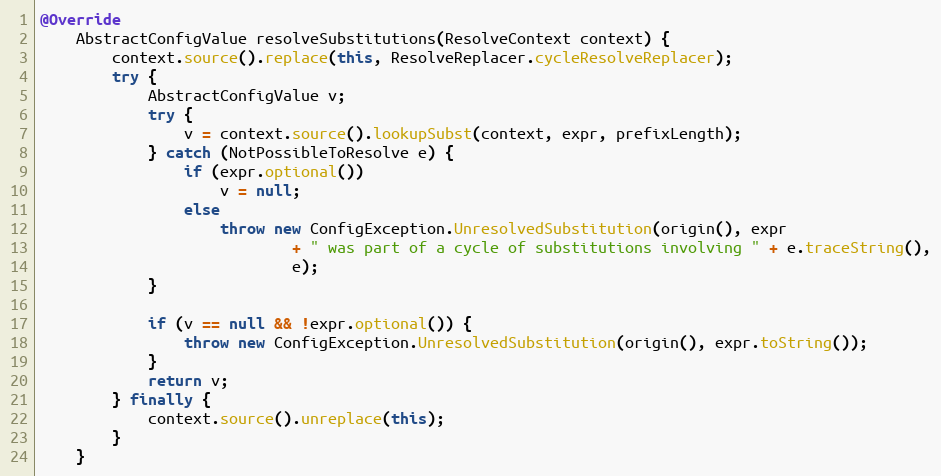
Language: Java
@Override
    AbstractConfigValue resolveSubstitutions(ResolveContext context) {
        context.source().replace(this, ResolveReplacer.cycleResolveReplacer);
        try {
            AbstractConfigValue v;
            try {
                v = context.source().lookupSubst(context, expr, prefixLength);
            } catch (NotPossibleToResolve e) {
                if (expr.optional())
                    v = null;
                else
                    throw new ConfigException.UnresolvedSubstitution(origin(), expr
                            + " was part of a cycle of substitutions involving " + e.traceString(),
                            e);
            }

            if (v == null && !expr.optional()) {
                throw new ConfigException.UnresolvedSubstitution(origin(), expr.toString());
            }
            return v;
        } finally {
            context.source().unreplace(this);
        }
    }